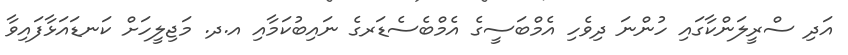
އަދި ސްރީލަންކާގައި ހުންނަ ދިވެހި އެމްބަސީގެ އެމްބެސެޑަރގެ ނައިބުކަމާއި އ.ދ. މަޖިލީހަށް ކަނޑައަޅާފައިވާ